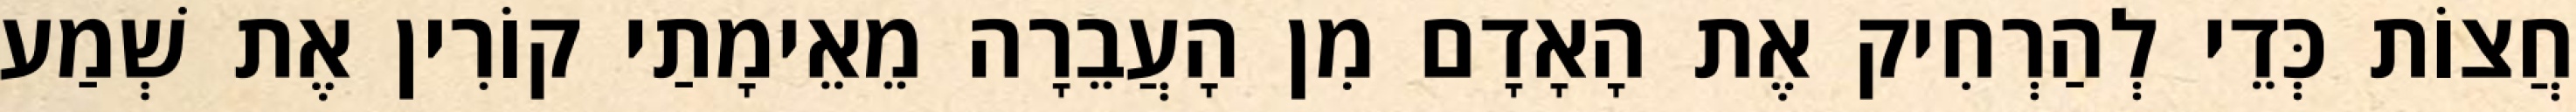
חֲצוֹת כְּדֵי לְהַרְחִיק אֶת הָאָדָם מִן הָעֲבֵרָה מֵאֵימָתַי קוֹרִין אֶת שְׁמַע